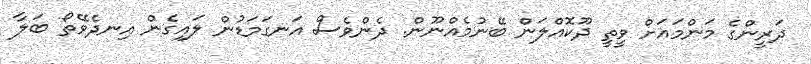
ދަރީންގެ މަންމައަށް ވީތީ ދޫކޮއްލަން ބޭނުމެއްނޫން. ދެންވެސް އަނގަމަޑުން ލައިގެން އިނދެވޭތޯ ބަލާ